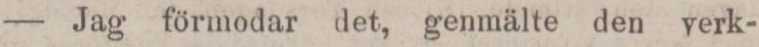
— Jag förmodar det, genmälte den verk-